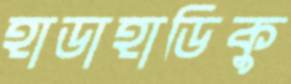
হাডাহাডিকু